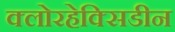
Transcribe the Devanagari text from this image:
क्लोरहेक्सिडीन